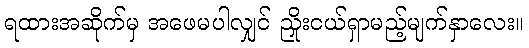
ရထားအဆိုက်မှ အဖေမပါလျှင် ညှိုးငယ်ရှာမည့်မျက်နှာလေး။